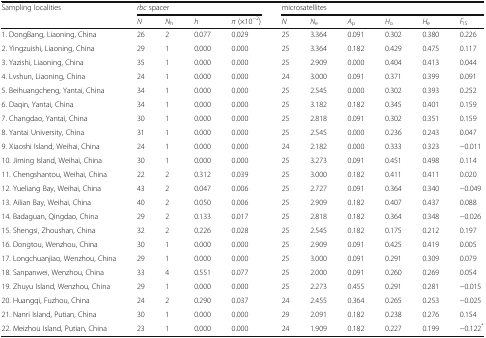
<table><thead><tr><td rowspan="2"><b>Sampling localities</b></td><td colspan="4"><b><i>rbc</i> spacer</b></td><td colspan="6"><b>microsatellites</b></td></tr><tr><td><b><i>N</i></b></td><td><b><i>N</i><sub>h</sub></b></td><td><b><i>h</i></b></td><td><b><i>π</i> (×10<sup>−2</sup>)</b></td><td><b><i>N</i></b></td><td><b><i>N</i><sub>e</sub></b></td><td><b><i>A</i><sub>p</sub></b></td><td><b><i>H</i><sub>o</sub></b></td><td><b><i>H</i><sub>e</sub></b></td><td><b><i>F</i><sub>IS</sub></b></td></tr></thead><tbody><tr><td>1. DongBang, Liaoning, China</td><td>26</td><td>2</td><td>0.077</td><td>0.029</td><td>25</td><td>3.364</td><td>0.091</td><td>0.302</td><td>0.380</td><td>0.226</td></tr><tr><td>2. Yingzuishi, Liaoning, China</td><td>29</td><td>1</td><td>0.000</td><td>0.000</td><td>25</td><td>3.364</td><td>0.182</td><td>0.429</td><td>0.475</td><td>0.117</td></tr><tr><td>3. Yazishi, Liaoning, China</td><td>35</td><td>1</td><td>0.000</td><td>0.000</td><td>25</td><td>2.909</td><td>0.000</td><td>0.404</td><td>0.413</td><td>0.044</td></tr><tr><td>4. Lvshun, Liaoning, China</td><td>24</td><td>1</td><td>0.000</td><td>0.000</td><td>24</td><td>3.000</td><td>0.091</td><td>0.371</td><td>0.399</td><td>0.091</td></tr><tr><td>5. Beihuangcheng, Yantai, China</td><td>34</td><td>1</td><td>0.000</td><td>0.000</td><td>25</td><td>2.545</td><td>0.000</td><td>0.302</td><td>0.393</td><td>0.252</td></tr><tr><td>6. Daqin, Yantai, China</td><td>34</td><td>1</td><td>0.000</td><td>0.000</td><td>25</td><td>3.182</td><td>0.182</td><td>0.345</td><td>0.401</td><td>0.159</td></tr><tr><td>7. Changdao, Yantai, China</td><td>30</td><td>1</td><td>0.000</td><td>0.000</td><td>25</td><td>2.818</td><td>0.091</td><td>0.302</td><td>0.351</td><td>0.159</td></tr><tr><td>8. Yantai University, China</td><td>31</td><td>1</td><td>0.000</td><td>0.000</td><td>25</td><td>2.545</td><td>0.000</td><td>0.236</td><td>0.243</td><td>0.047</td></tr><tr><td>9. Xiaoshi Island, Weihai, China</td><td>24</td><td>1</td><td>0.000</td><td>0.000</td><td>24</td><td>2.182</td><td>0.000</td><td>0.333</td><td>0.323</td><td>−0.011</td></tr><tr><td>10. Jiming Island, Weihai, China</td><td>30</td><td>1</td><td>0.000</td><td>0.000</td><td>25</td><td>3.273</td><td>0.091</td><td>0.451</td><td>0.498</td><td>0.114</td></tr><tr><td>11. Chengshantou, Weihai, China</td><td>22</td><td>2</td><td>0.312</td><td>0.039</td><td>25</td><td>3.000</td><td>0.182</td><td>0.411</td><td>0.411</td><td>0.020</td></tr><tr><td>12. Yueliang Bay, Weihai, China</td><td>43</td><td>2</td><td>0.047</td><td>0.006</td><td>25</td><td>2.727</td><td>0.091</td><td>0.364</td><td>0.340</td><td>−0.049</td></tr><tr><td>13. Ailian Bay, Weihai, China</td><td>40</td><td>2</td><td>0.050</td><td>0.006</td><td>25</td><td>2.909</td><td>0.182</td><td>0.407</td><td>0.437</td><td>0.088</td></tr><tr><td>14. Badaguan, Qingdao, China</td><td>29</td><td>2</td><td>0.133</td><td>0.017</td><td>25</td><td>2.818</td><td>0.182</td><td>0.364</td><td>0.348</td><td>−0.026</td></tr><tr><td>15. Shengsi, Zhoushan, China</td><td>32</td><td>2</td><td>0.226</td><td>0.028</td><td>25</td><td>2.545</td><td>0.182</td><td>0.175</td><td>0.212</td><td>0.197</td></tr><tr><td>16. Dongtou, Wenzhou, China</td><td>30</td><td>1</td><td>0.000</td><td>0.000</td><td>25</td><td>2.909</td><td>0.091</td><td>0.425</td><td>0.419</td><td>0.005</td></tr><tr><td>17. Longchuanjiao, Wenzhou, China</td><td>29</td><td>1</td><td>0.000</td><td>0.000</td><td>25</td><td>3.000</td><td>0.091</td><td>0.291</td><td>0.309</td><td>0.079</td></tr><tr><td>18. Sanpanwei, Wenzhou, China</td><td>33</td><td>4</td><td>0.551</td><td>0.077</td><td>25</td><td>2.000</td><td>0.091</td><td>0.260</td><td>0.269</td><td>0.054</td></tr><tr><td>19. Zhuyu Island, Wenzhou, China</td><td>29</td><td>1</td><td>0.000</td><td>0.000</td><td>25</td><td>2.273</td><td>0.455</td><td>0.291</td><td>0.281</td><td>−0.015</td></tr><tr><td>20. Huangqi, Fuzhou, China</td><td>24</td><td>2</td><td>0.290</td><td>0.037</td><td>24</td><td>2.455</td><td>0.364</td><td>0.265</td><td>0.253</td><td>−0.025</td></tr><tr><td>21. Nanri Island, Putian, China</td><td>30</td><td>1</td><td>0.000</td><td>0.000</td><td>29</td><td>2.091</td><td>0.182</td><td>0.238</td><td>0.276</td><td>0.154</td></tr><tr><td>22. Meizhou Island, Putian, China</td><td>23</td><td>1</td><td>0.000</td><td>0.000</td><td>24</td><td>1.909</td><td>0.182</td><td>0.227</td><td>0.199</td><td>−0.122<sup>*</sup></td></tr></tbody></table>